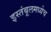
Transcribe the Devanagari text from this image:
इस्तंबूलमध्येच